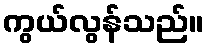
ကွယ်လွန်သည်။